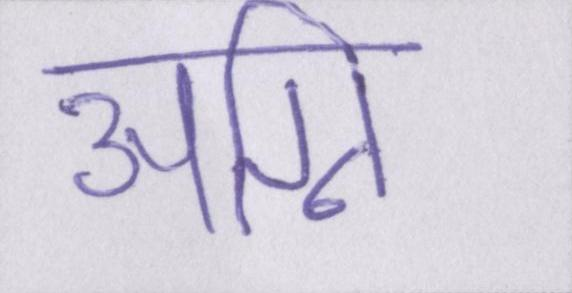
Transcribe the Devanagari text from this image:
अग्नि